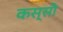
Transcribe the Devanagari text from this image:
कस्सी